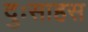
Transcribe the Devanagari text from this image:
दुःसाहस